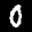
Label: 0